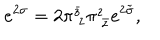
e ^ { 2 \sigma } = 2 \pi _ { ~ z } ^ { \bar { z } } \pi _ { ~ \bar { z } } ^ { z } e ^ { 2 \tilde { \sigma } } ,